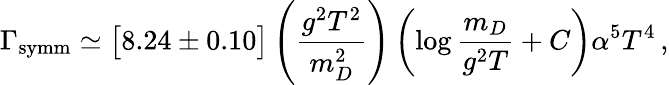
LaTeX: \Gamma_{\mathrm{symm}}\simeq\big[8.24\pm 0.10\big]\left(\frac{g^{2}T^{2}}{m_{D}^{2}}\right)\left(\log\frac{m_{D}}{g^{2}T}+C\right)\alpha^{5}T^{4}\, ,